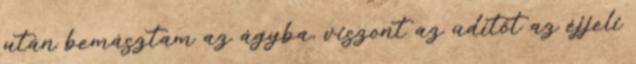
után bemásztam az ágyba, viszont az üdítőt az éjjeli